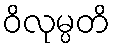
ဝိလုမ္ပတိ